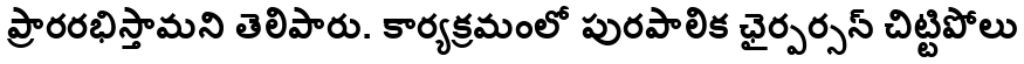
ప్రారరభిస్తామని తెలిపారు. కార్యక్రమంలో పురపాలిక ఛైర్పర్సన్ చిట్టిపోలు